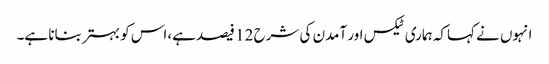
انہوں نے کہاکہ ہماری ٹیکس اور آمدن کی شرح 12 فیصد ہے،اس کو بہتر بنانا ہے۔